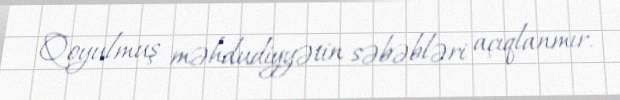
Qoyulmuş məhdudiyyətin səbəbləri açıqlanmır.